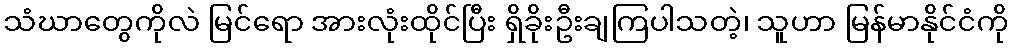
သံဃာတွေကိုလဲ မြင်ရော အားလုံးထိုင်ပြီး ရှိခိုးဦးချကြပါသတဲ့၊ သူဟာ မြန်မာနိုင်ငံကို